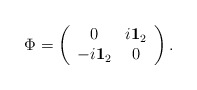
\begin{align*}\Phi= \left( \begin{array}{cc}0 & i{\bf 1}_2 \\-i{\bf 1}_2 & 0\end{array} \right) . \end{align*}